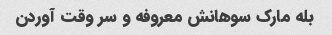
بله مارک سوهانش معروفه و سر وقت آوردن